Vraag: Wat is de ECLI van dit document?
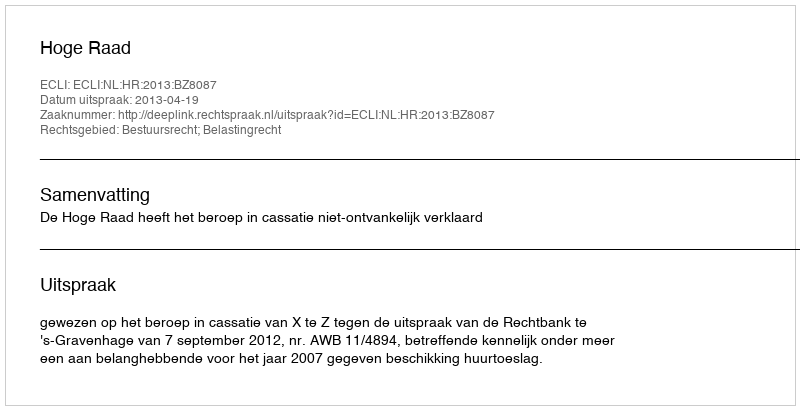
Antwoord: ECLI:NL:HR:2013:BZ8087